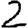
Digit: 2